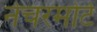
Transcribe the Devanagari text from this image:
नेचरमोर्टे